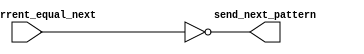
module Compressor_Logic (
  input wire lfsr_current_equal_next, // Signal indicating the current and next pattern of the LFSR are equal
  output wire send_next_pattern      // Signal to send the next pattern to ALU and Reference Model
);

assign send_next_pattern = !lfsr_current_equal_next;

endmodule